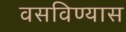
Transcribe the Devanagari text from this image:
वसविण्यास